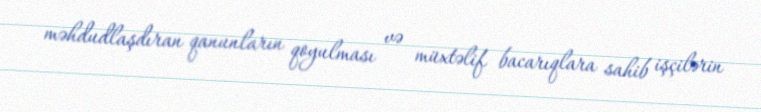
məhdudlaşdıran qanunların qoyulması və müxtəlif bacarıqlara sahib işçilərin